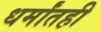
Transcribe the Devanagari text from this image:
धर्मांतही